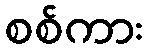
စစ်ကား